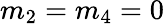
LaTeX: m_{2}=m_{4}=0